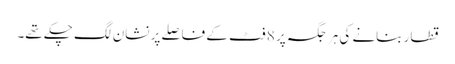
قطار بنانے کی ہر جگہ پر 8 فٹ کے فاصلے پر نشان لگ چکے تھے۔